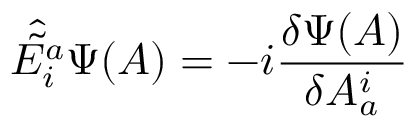
{ \hat { \tilde { E _ { i } ^ { a } } } } \Psi ( A ) = - i { \frac { \delta \Psi ( A ) } { \delta A _ { a } ^ { i } } }